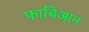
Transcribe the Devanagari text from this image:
फाबिआन